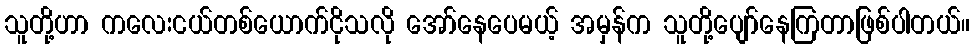
သူတို့ဟာ ကလေးငယ်တစ်ယောက်ငိုသလို အော်နေပေမယ့် အမှန်က သူတို့ပျော်နေကြတာဖြစ်ပါတယ်။